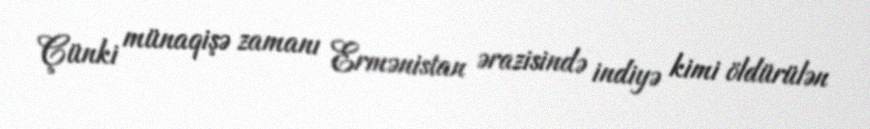
Çünki münaqişə zamanı Ermənistan ərazisində indiyə kimi öldürülən